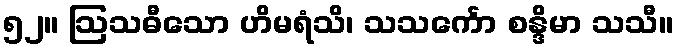
၅၂။ ဩသဓီသော ဟိမရံသိ၊ သသင်္ကော စန္ဒိမာ သသီ။